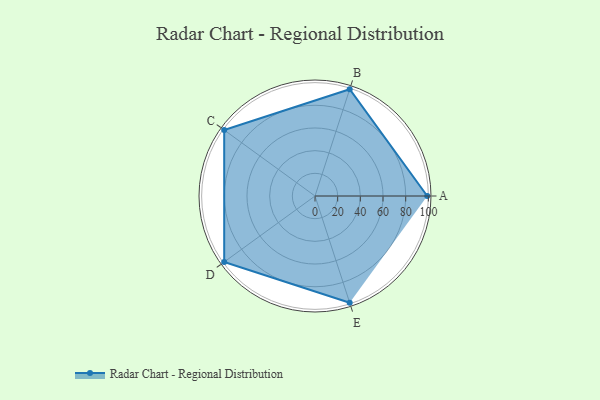
{"axis": {"x": "Skill", "y": "Score"}, "legend": ["Profile"], "data": [{"x": "A", "y": 99, "type": "Profile"}, {"x": "B", "y": 99, "type": "Profile"}, {"x": "C", "y": 99, "type": "Profile"}, {"x": "D", "y": 99, "type": "Profile"}, {"x": "E", "y": 99, "type": "Profile"}]}